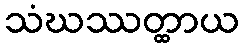
သံဃဿတ္ထာယ